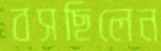
বসছিলেন